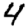
Digit: 4